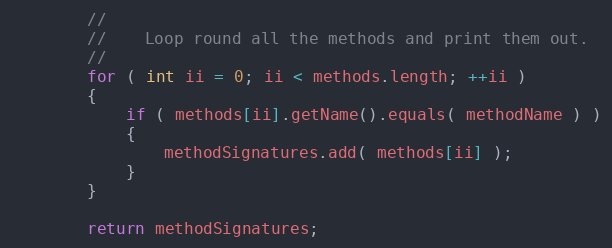
Language: Java
        //
        //    Loop round all the methods and print them out.
        //
        for ( int ii = 0; ii < methods.length; ++ii )
        {
            if ( methods[ii].getName().equals( methodName ) )
            {
                methodSignatures.add( methods[ii] );
            }
        }

        return methodSignatures;